Leningradi_Edasi_toimetus, lk 62
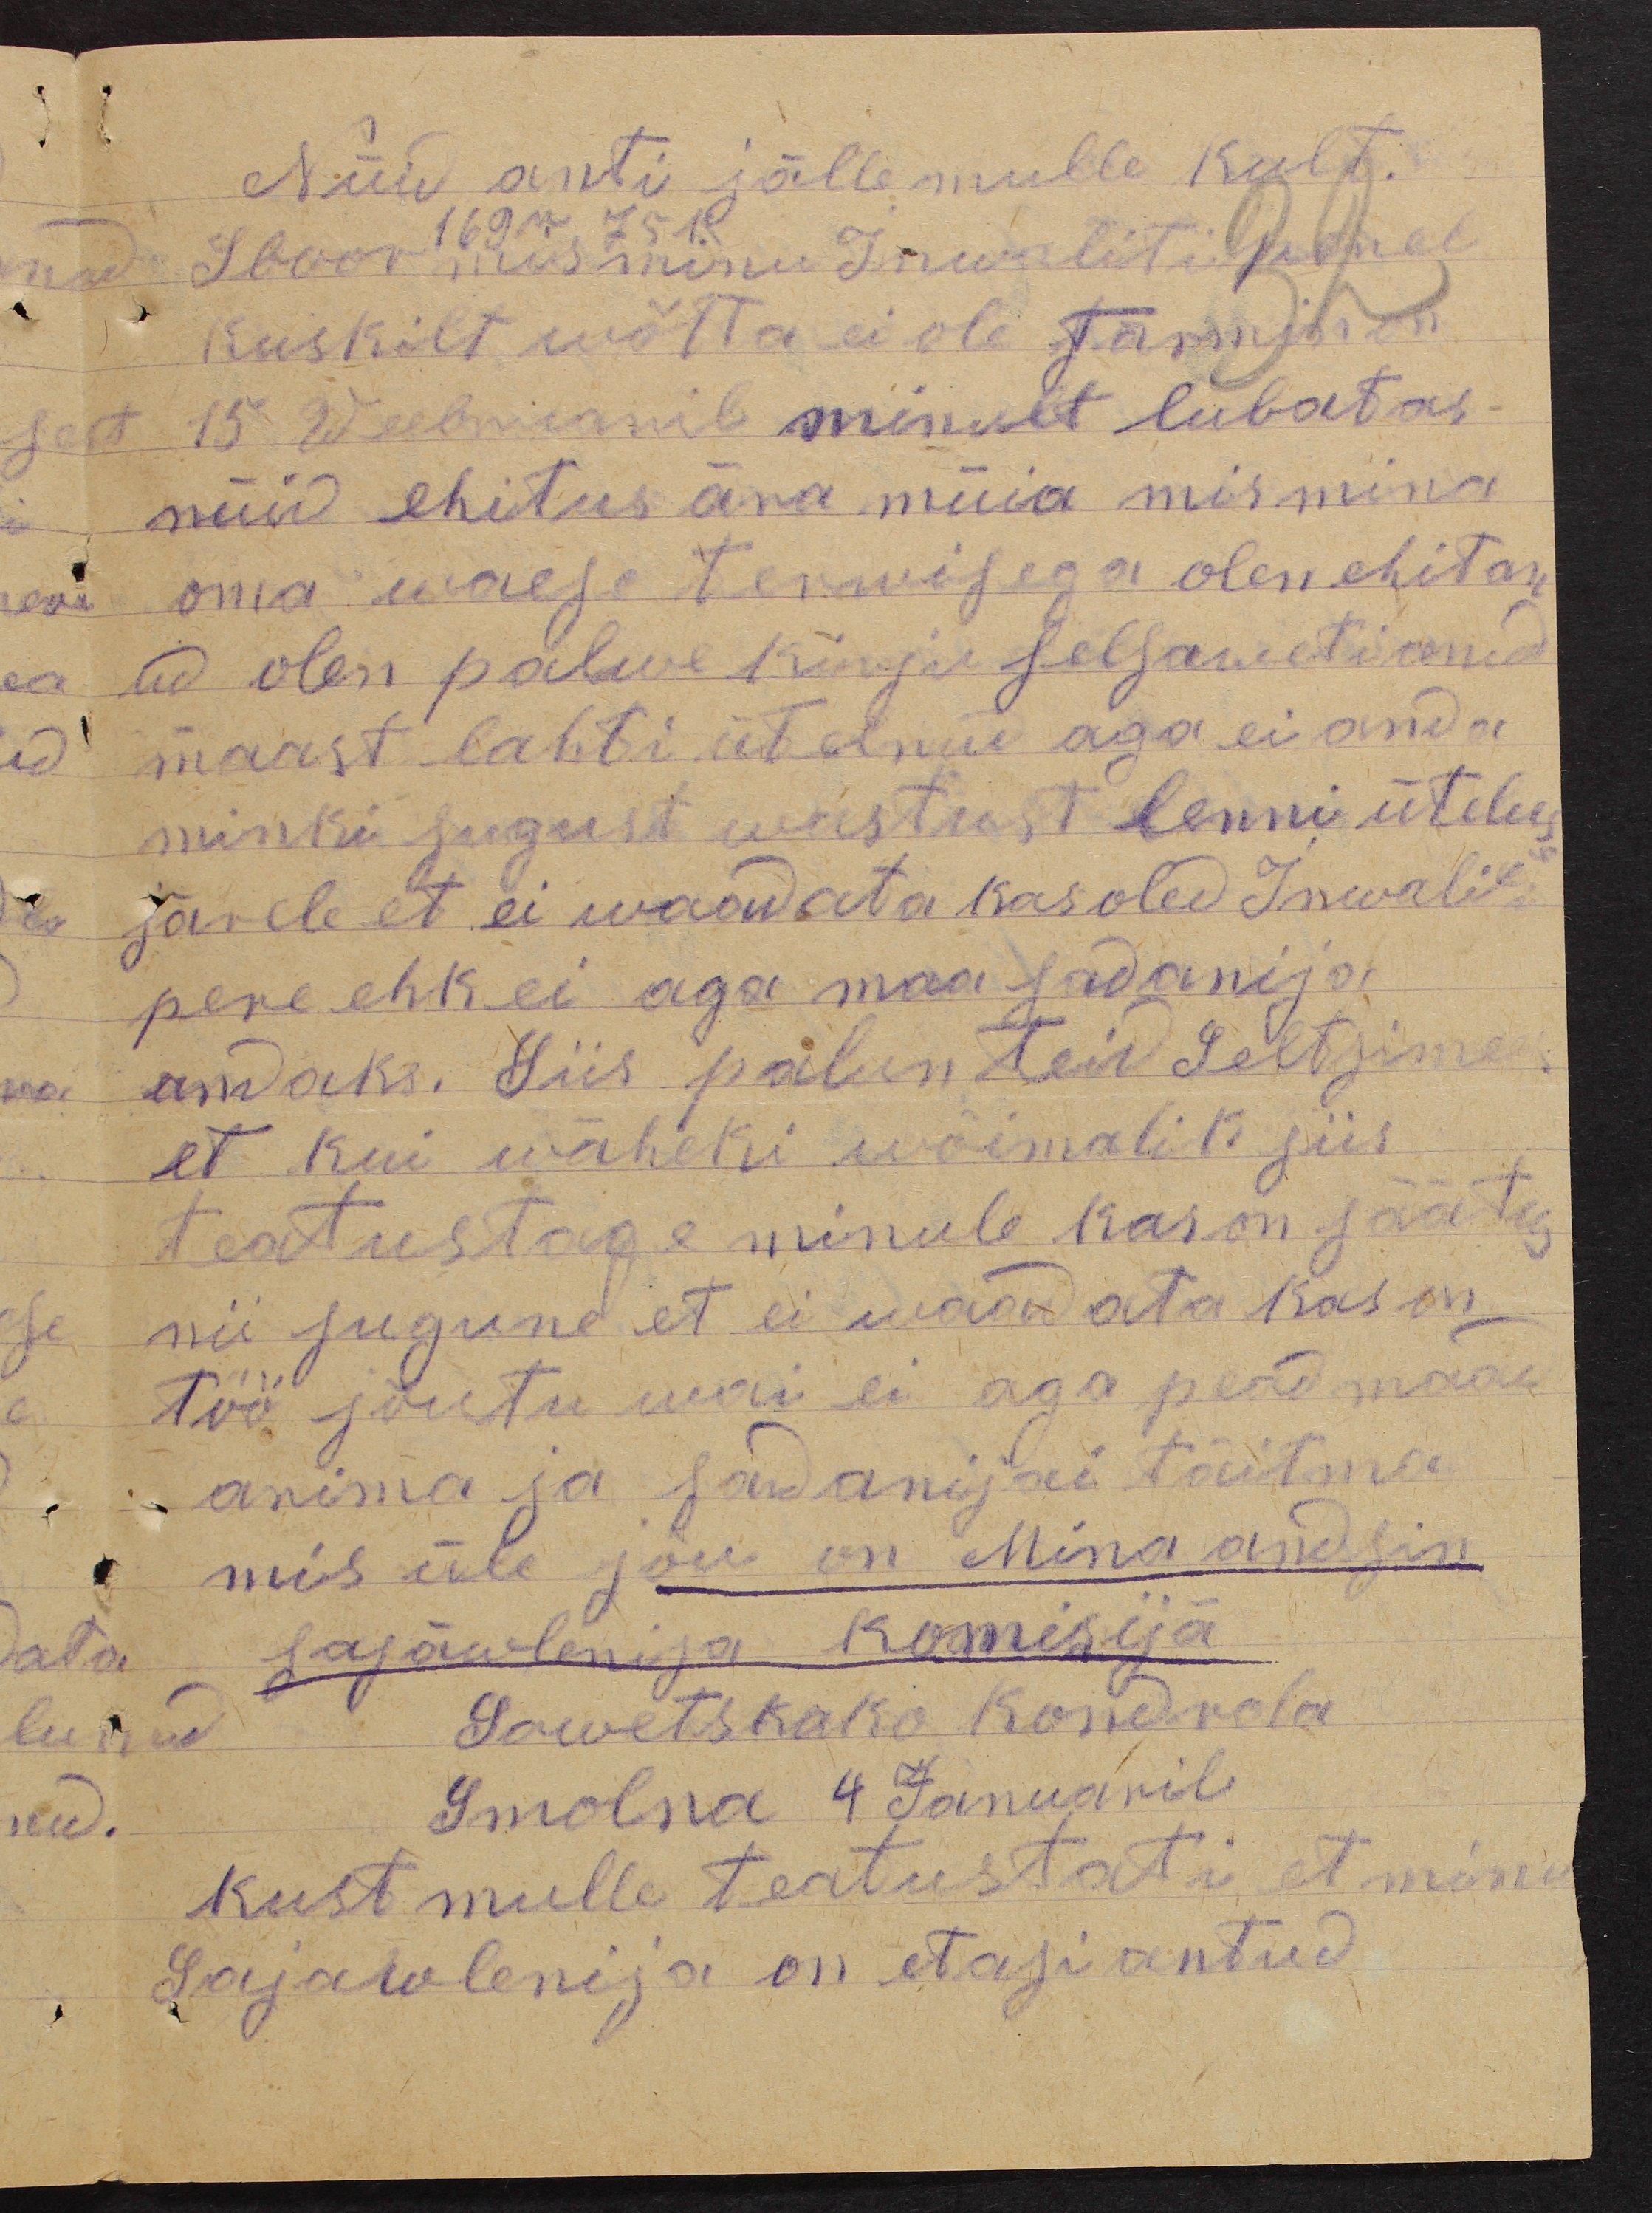
Nüid anti jälle mulle kult.
Sboor mis minu Inwalitil mehel
169 r 75 k
kuskilt wõtta ei ole Tärmin on
15. Weebruaril minult lubatas -
nüid ehitus ära müia mis mina
oma waese terwisega olen ehitan
ud olen palwe kirju selsaweti anud
maast lahti ütelnud aga ei anda
minki sugust wastust lenni üteluse
järele et ei waadata kas oled Inwalit
pere ehk ei aga maa sadanija
andaks. Siis palun teid Seltsimees
et kui wäheki wõimalik siis
teatustage minule kas on säätus
nii sugune et ei waadata kas on
töö jõutu wai ei aga pead maad
arima ja sadanijai täitma
mis üle jõu on Mina andsin
sajäwlenija komisijä
Sowetskako Kondrola
Smolna 4 Januaril
kust mulle teatustati et minu
Sajawlenija on etasi antud